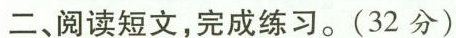
二、阅读短文，完成练习。(32分)